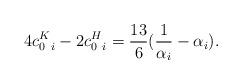
LaTeX: \begin{align*}4 c_{0\ i}^{K} - 2 c_{0\ i}^{H}={13\over 6}({1\over \alpha_i}-\alpha_i).\end{align*}